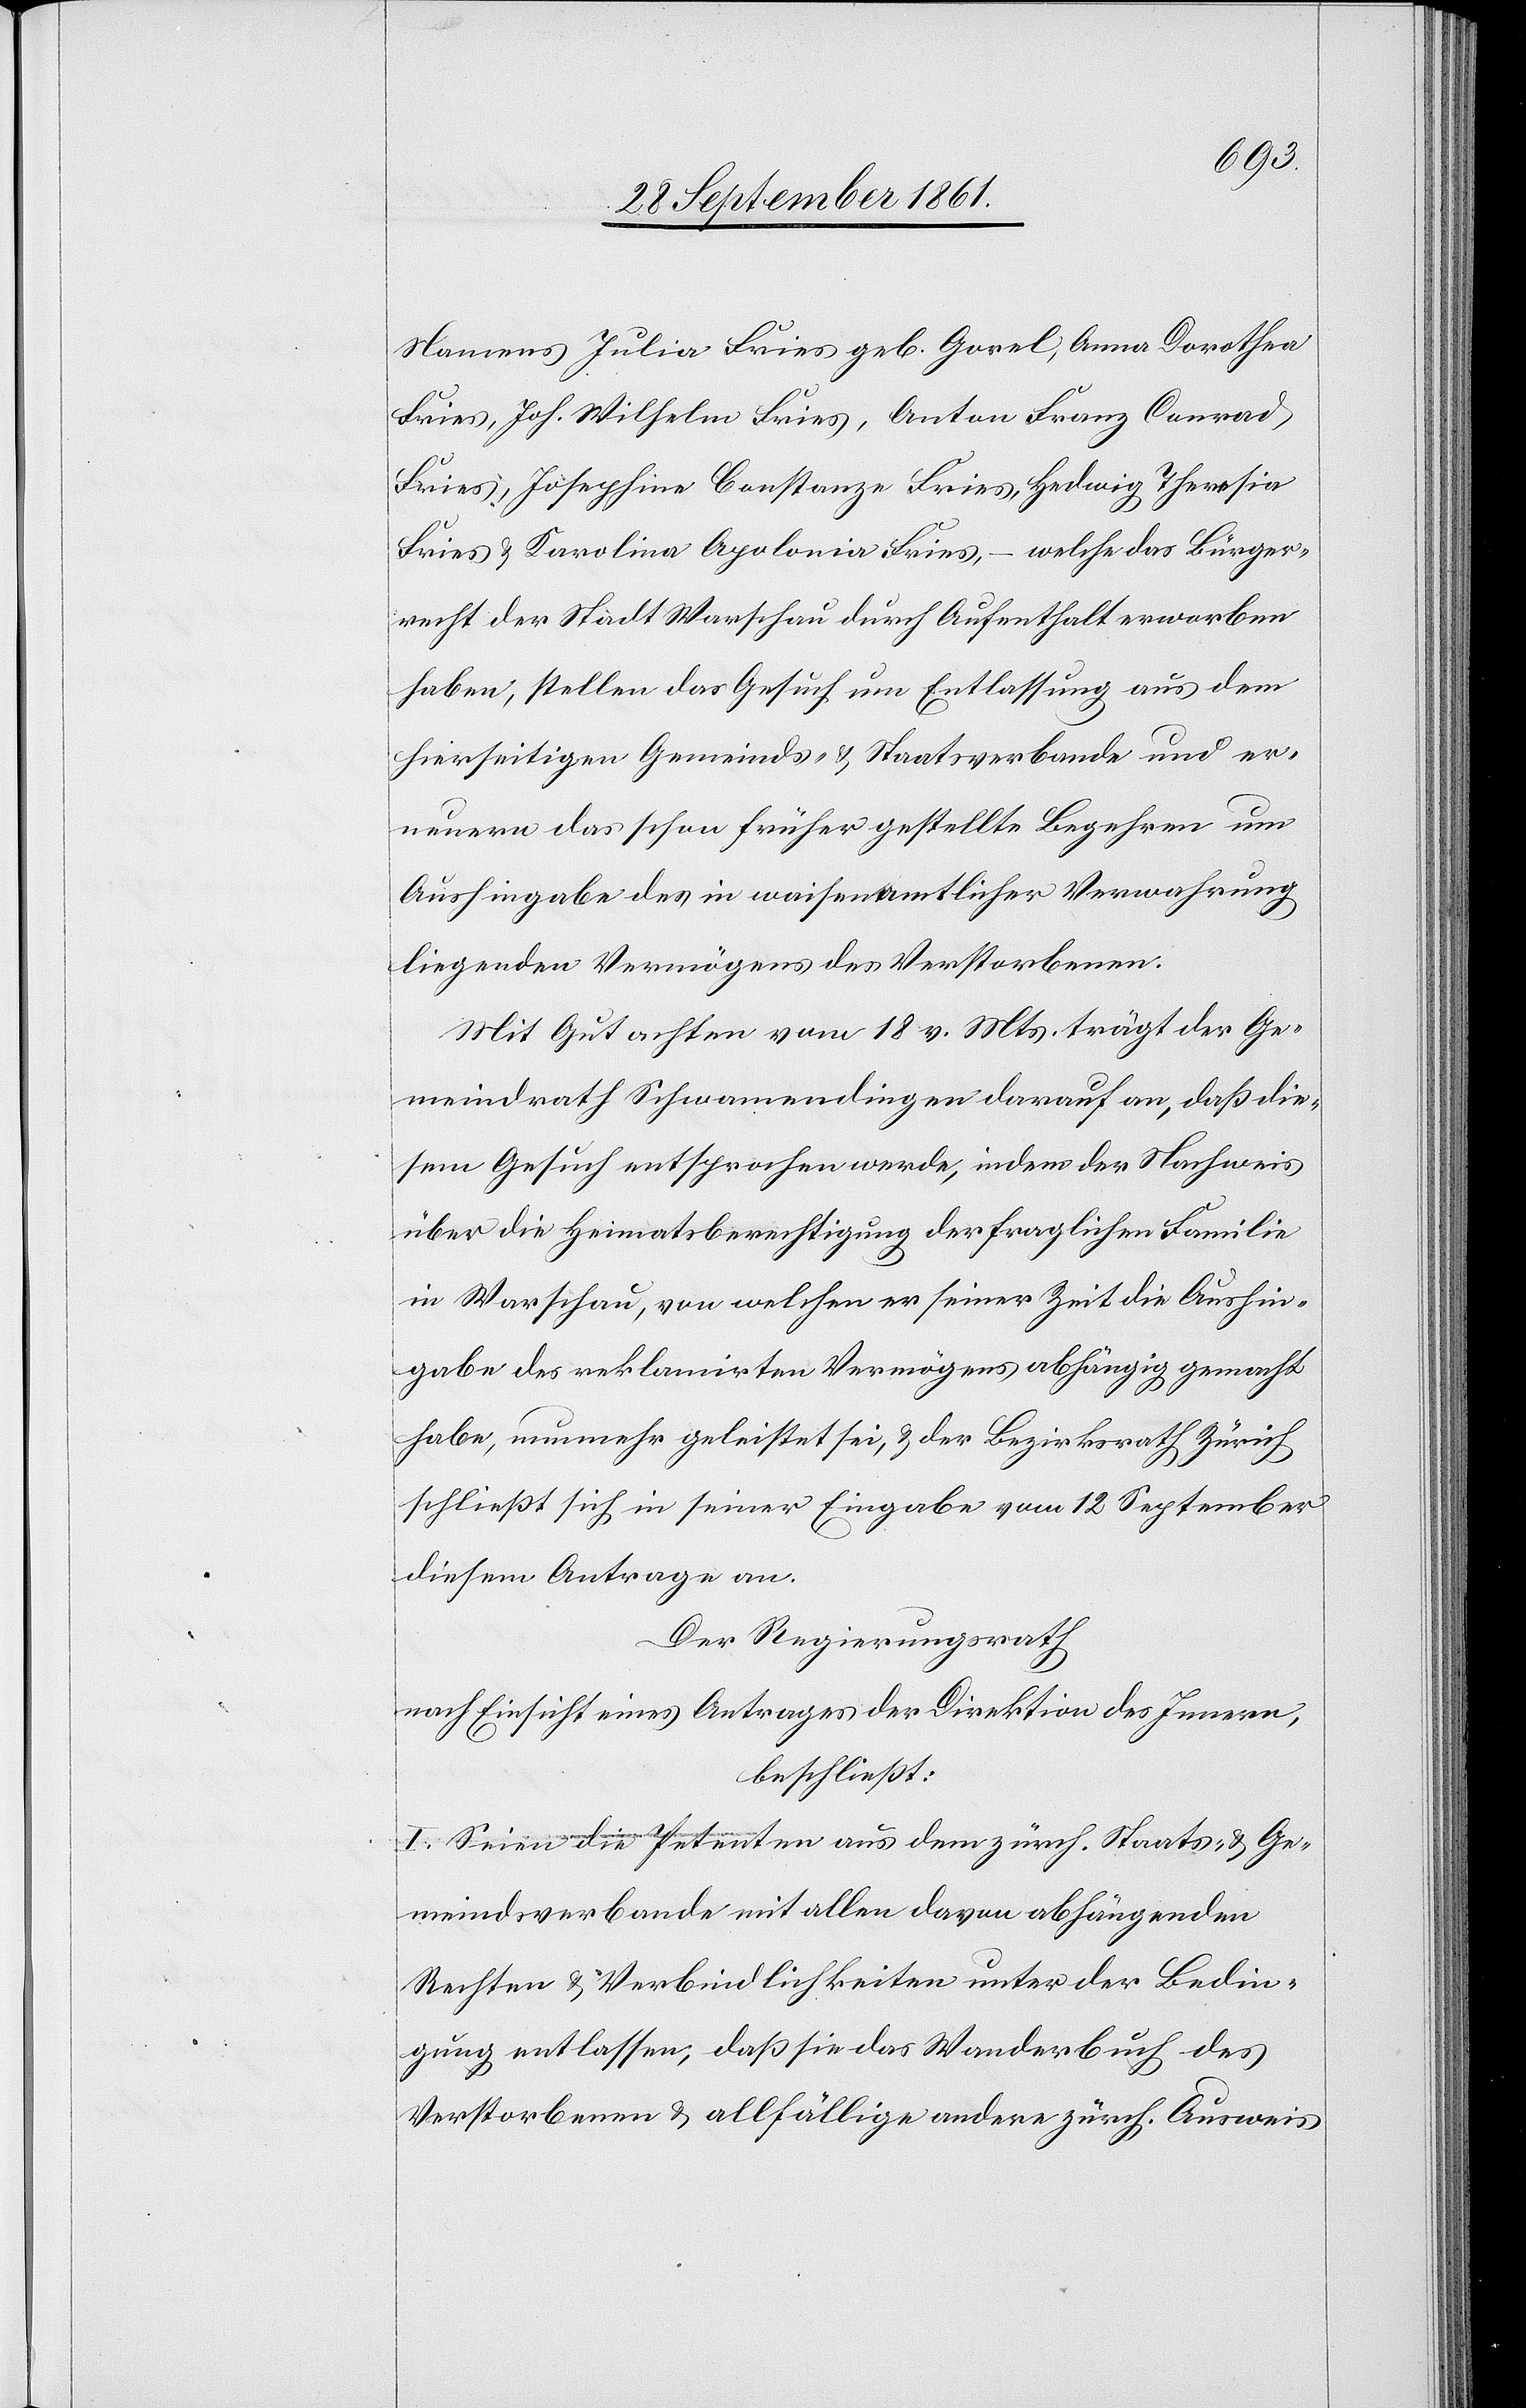
Namens Julia Fries geb. Gorel, Anna Dorothea
Fries, Joh. Wilhelm Fries, Anton Franz Conrad
Fries, Josephina Constanza Fries, Hedwig Theresia
Fries u. Karolina Apolonia Fries, – welche das Bürger¬
recht der Stadt Warschau durch Aufenthalt erworben
haben, stellen das Gesuch um Entlassung aus dem
hierseitigen Gemeinds- u. Staatsverbande und er¬
neuern das schon früher gestellte Begehren um
Aushingabe des in waisenamtlicher Verwahrung
liegenden Vermögens des Verstorbenen.
Mit Gutachten vom 18 v. Mts. trägt der Ge¬
meindrath Schwamendingen darauf an, daß die¬
sem Gesuch entsprochen werde, indem der Nachweis
über die Heimatsberechtigung der fraglichen Familie
in Warschau, von welchem er seiner Zeit die Aushin¬
gabe des reklamirten Vermögens abhängig gemacht
habe, nunmehr geleistet sei, u. der Bezirksrath Zürich
schließt sich in seiner Eingabe vom 12 September
diesem Antrage an.
Der Regierungsrath,
nach Einsicht eines Antrages der Direktion des Innern,
beschließt:
I. Seien die Petenten aus dem zürch. Staats- u. Ge¬
meindsverbande mit allen davon abhängenden
Rechten u. Verbindlichkeiten unter der Bedin¬
gung entlassen, daß sie das Wanderbuch des
Verstorbenen u. allfällige andere zürch. Ausweis-